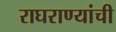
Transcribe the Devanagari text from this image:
राघराण्यांची